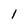
Character: I